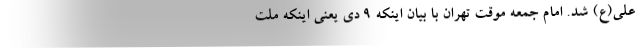
علی(ع) شد. امام جمعه موقت تهران با بیان اینکه 9 دی یعنی اینکه ملت